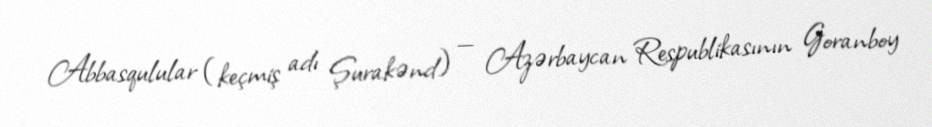
Abbasqulular (keçmiş adı Şurakənd) — Azərbaycan Respublikasının Goranboy